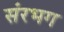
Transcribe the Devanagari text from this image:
संरभग